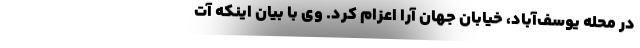
در محله یوسف‌آباد، خیابان جهان آرا اعزام کرد. وی با بیان اینکه آت